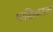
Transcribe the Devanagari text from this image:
पाक्षिकाला